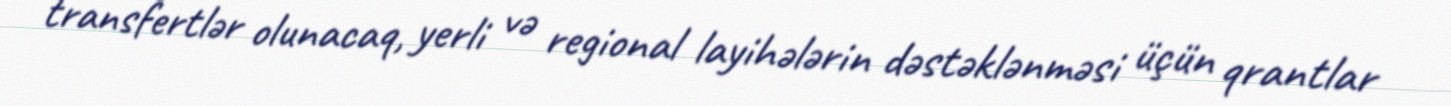
transfertlər olunacaq, yerli və regional layihələrin dəstəklənməsi üçün qrantlar